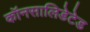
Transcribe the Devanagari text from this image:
कॉनसालिडेटेड